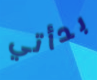
بدأتي